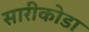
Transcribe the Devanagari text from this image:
सारीकोडा